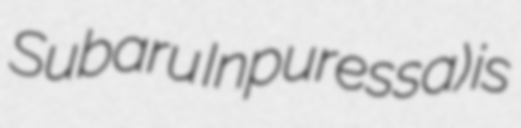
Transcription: Subaru Inpuressa) is